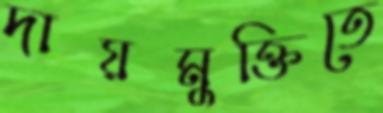
দায়মুক্তিতে